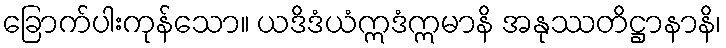
ခြောက်ပါးကုန်သော။ ယဒိဒံယံဣဒံဣမာနိ အနုဿတိဋ္ဌာနာနိ၊